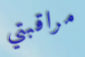
مراقبتي